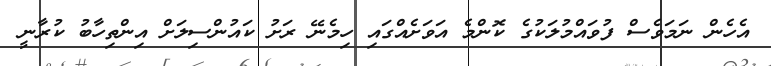
އެހެން ނަމަވެސް ފުވައްމުލަކުގެ ކޮންމެ އަވަށެއްގައި ހިމެނޭ ރަށު ކައުންސިލަށް އިންތިހާބު ކުރާނީ